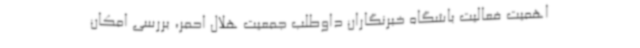
اهمیت فعالیت باشگاه خبرنگاران داوطلب جمعیت هلال احمر، بررسی امکان